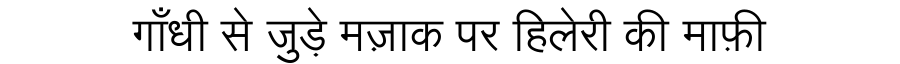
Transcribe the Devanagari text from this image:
गाँधी से जुड़े मज़ाक पर हिलेरी की माफ़ी